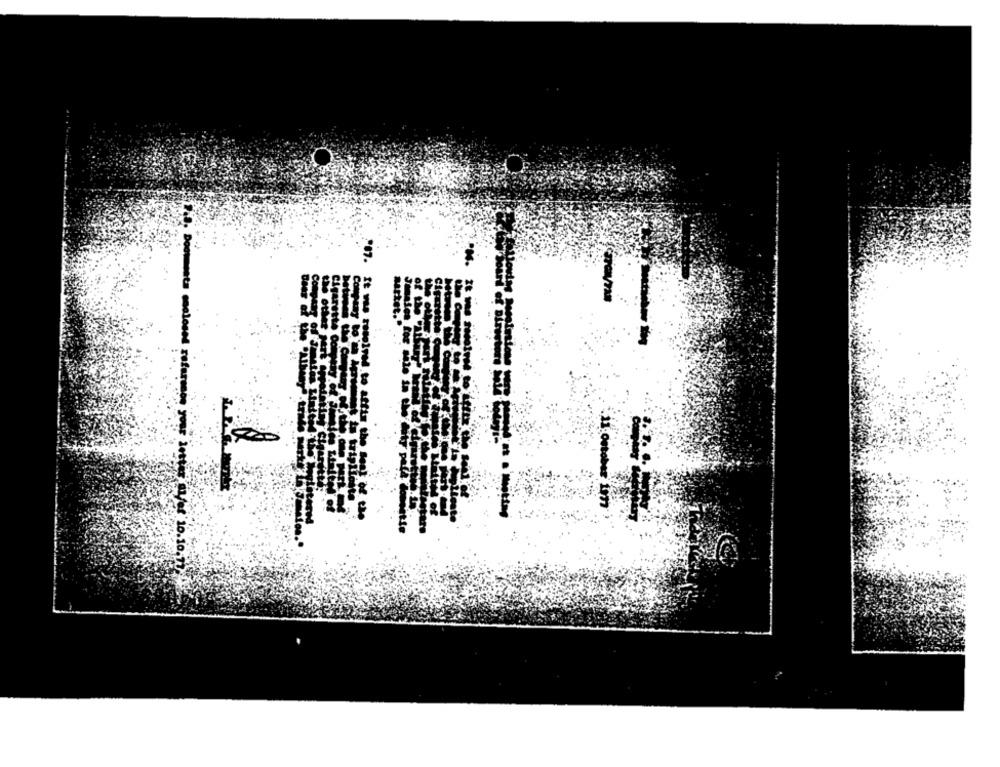
PM.
It
16- Documenta mnclosed
.10.